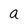
Character: a